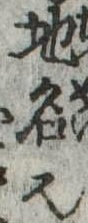
地名也